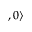
, 0 \rangle